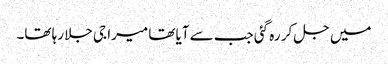
میں جل کر رہ گئی جب سے آیا تھا میرا جی جلا رہا تھا۔